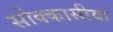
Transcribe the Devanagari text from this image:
सोक्कासीयां